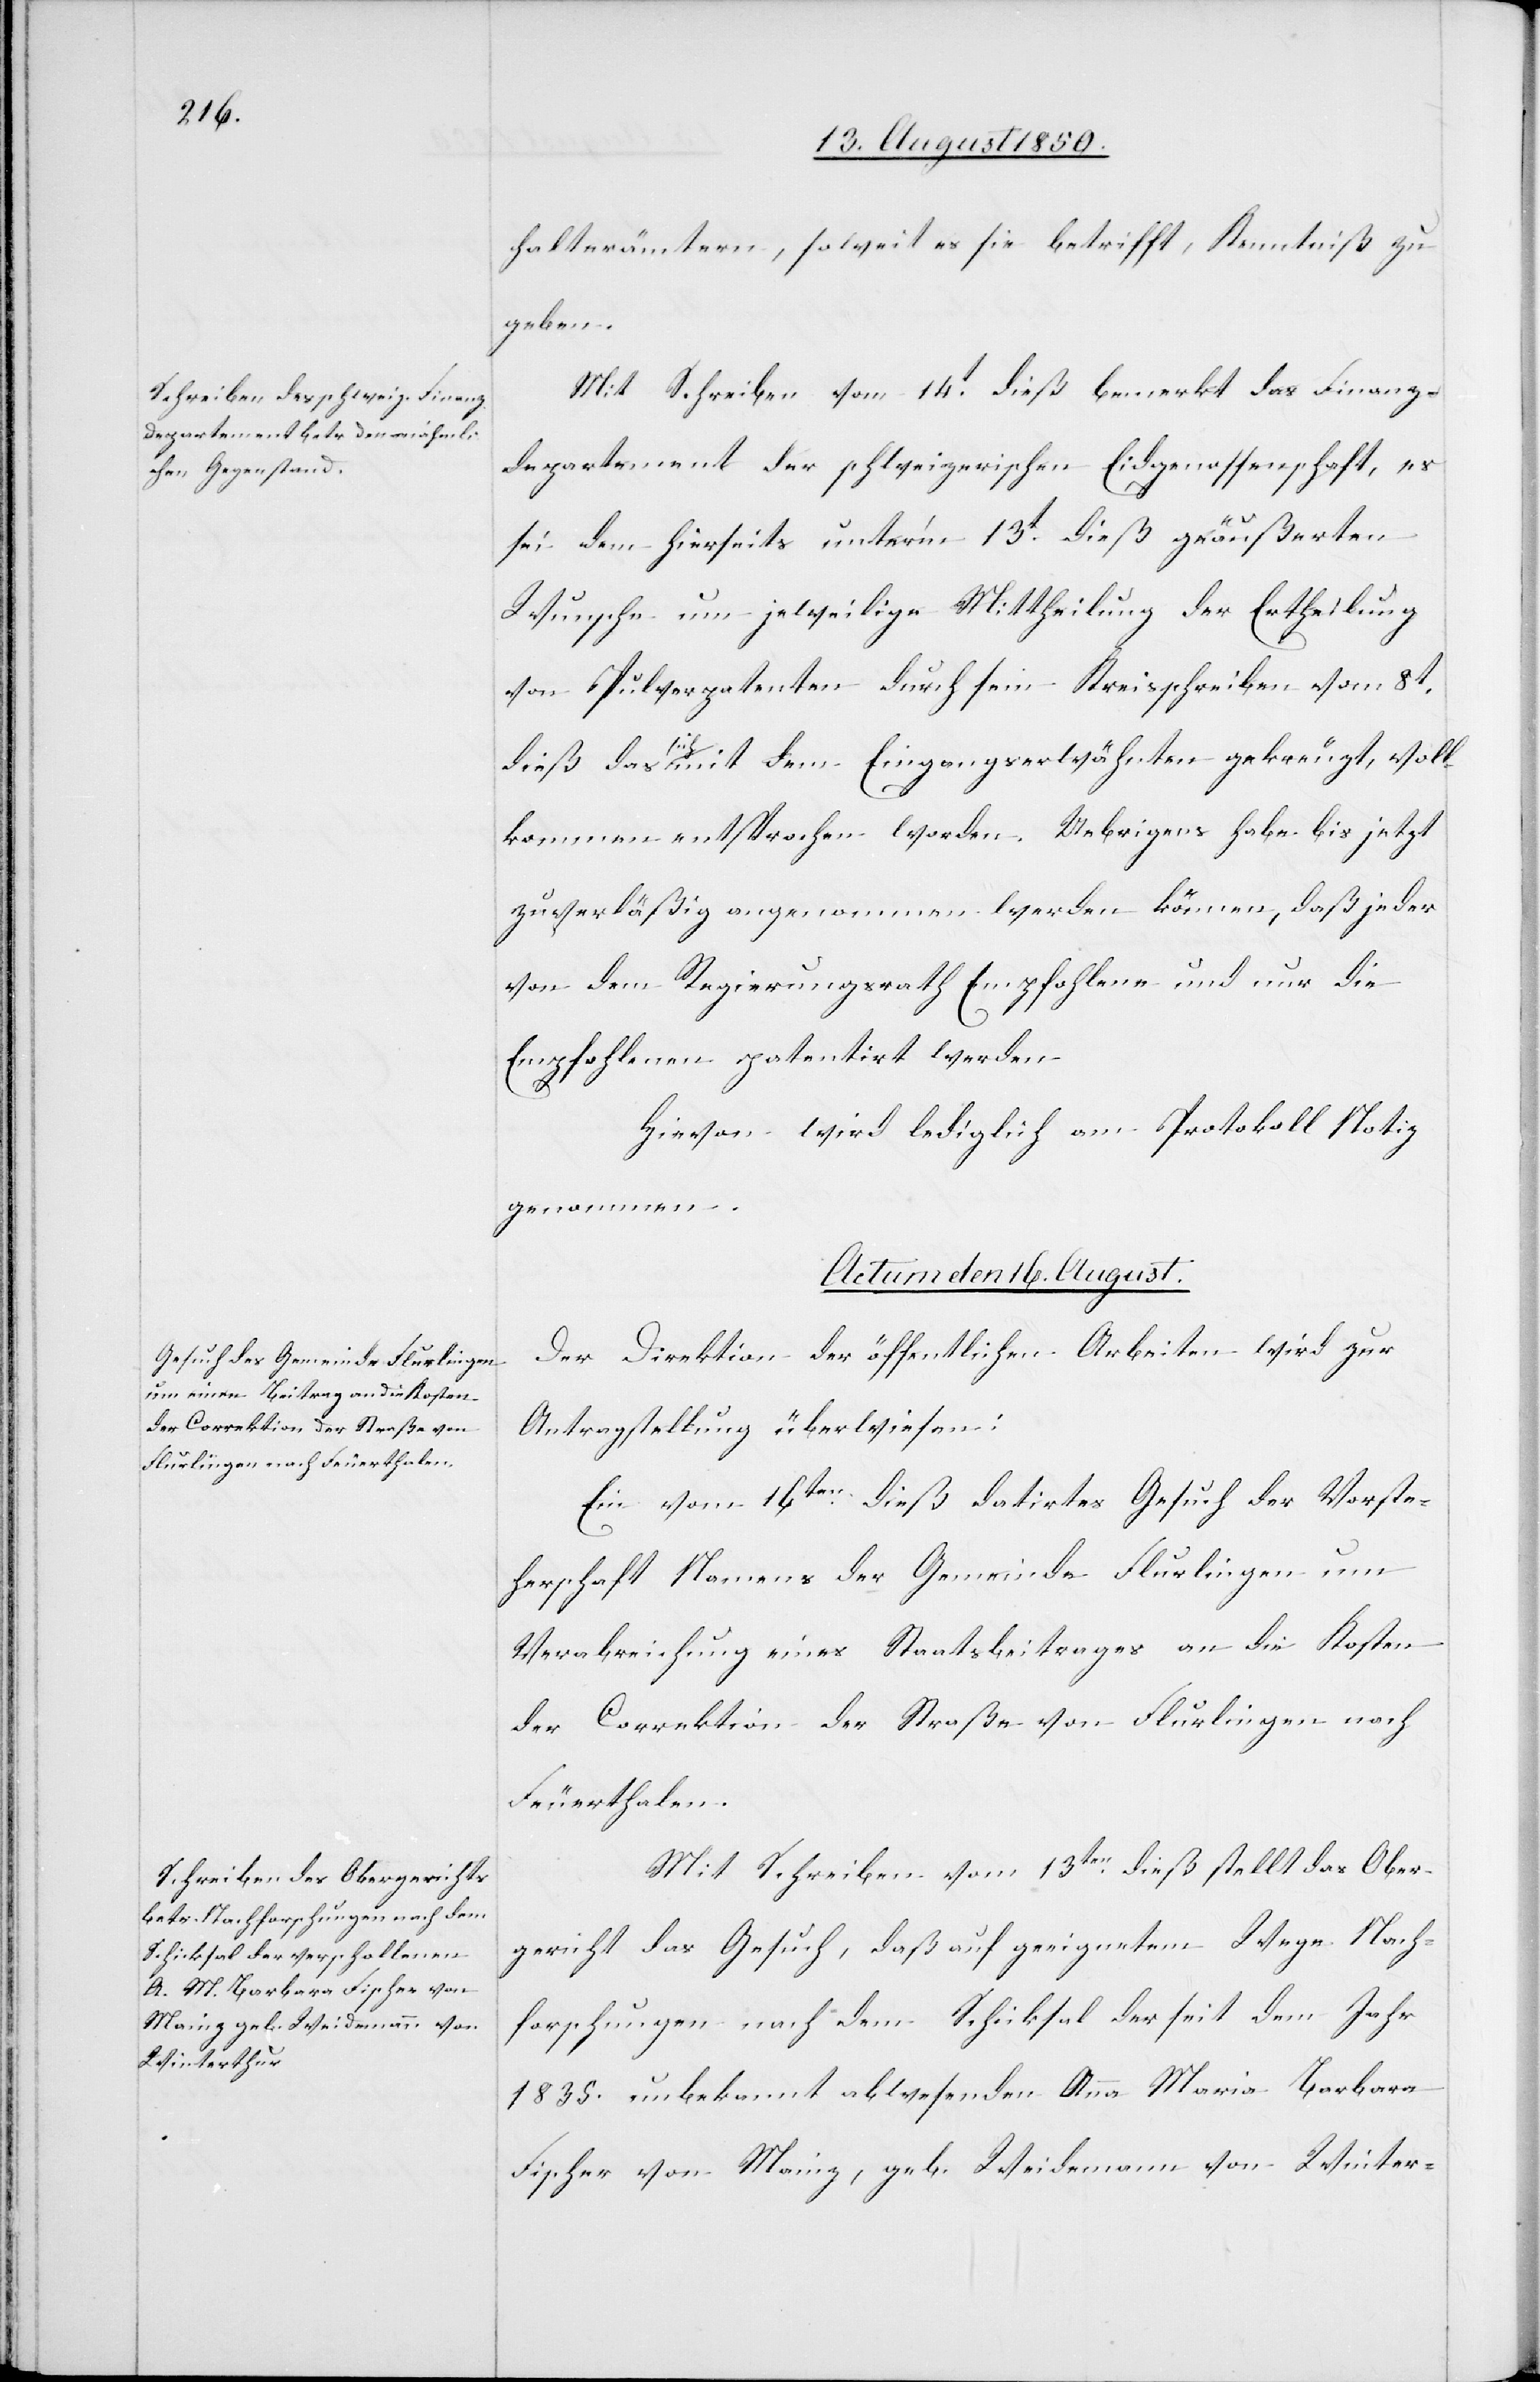
halterämtern, soweit es sie betrifft, Kenntniß zu
geben.
Mit Schreiben vom 14t dieß bemerkt das Finanz¬
departement der schweizerischen Eidgenossenschaft, es
sei dem hierseits unter’m 13t dieß geäußerten
Wunsche um jeweilige Mittheilung der Ertheilung
von Pulverpatenten durch sein Kreisschreiben vom 8t
dieß das sich mit dem Eingangserwähnten gekreuzt, voll¬
kommen entsprochen worden. Uebrigens habe bis jetzt
zuverläßig angenommen werden können, daß jeder
von dem Regierungsrath Empfohlene und nur die
Empfohlenen patentirt werden.
Hievon wird lediglich am Protokoll Notiz
genommen.
Actum den 16. August.]
Der Direktion der öffentlichen Arbeiten wird zur
Antragstellung überwiesen:
Ein vom 16ten dieß datirtes Gesuch der Vorste¬
herschaft Namens der Gemeinde Flurlingen um
Verabreichung eines Staatsbeitrages an die Kosten
der Correktion der Straße von Flurlingen nach
Feuerthalen.
Mit Schreiben vom 13ten dieß stellt das Ober¬
gericht das Gesuch, daß auf geeignetem Wege Nach¬
forschungen nach dem Schicksal der seit dem Jahr
1835. unbekannt abwesenden Anna Maria Barbara
Fischer von Mainz, geb. Weidemann von Winter-